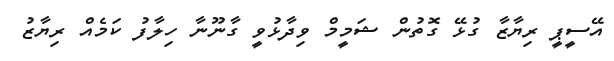
އޭސީޕީ ރިޔާޒާ ގުޅޭ ގޮތުން ޝަމީމް ވިދާޅުވީ ގާނޫނާ ހިލާފު ކަމެއް ރިޔާޒު